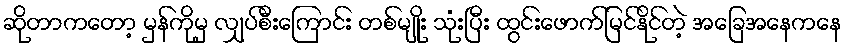
ဆိုတာကတော့ မှန်ကိုမှ လျှပ်စီးကြောင်း တစ်မျိုး သုံးပြီး ထွင်းဖောက်မြင်နိုင်တဲ့ အခြေအနေကနေ